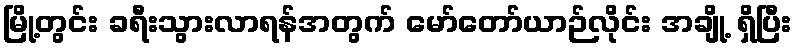
မြို့တွင်း ခရီးသွားလာရန်အတွက် မော်တော်ယာဉ်လိုင်း အချို့ ရှိပြီး